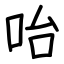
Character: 咍